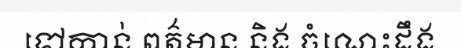
ទៅកាន់ ពត៌មាន និង ចំណេះដឹង